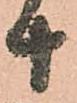
十